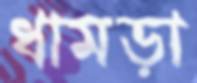
ধামড়া